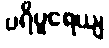
ပရိပူရေယျ